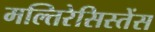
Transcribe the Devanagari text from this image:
मल्तिरेसिस्तेंस